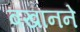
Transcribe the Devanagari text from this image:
बखानने